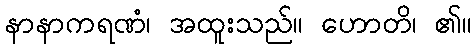
နာနာကရဏံ၊ အထူးသည်။ ဟောတိ၊ ၏။